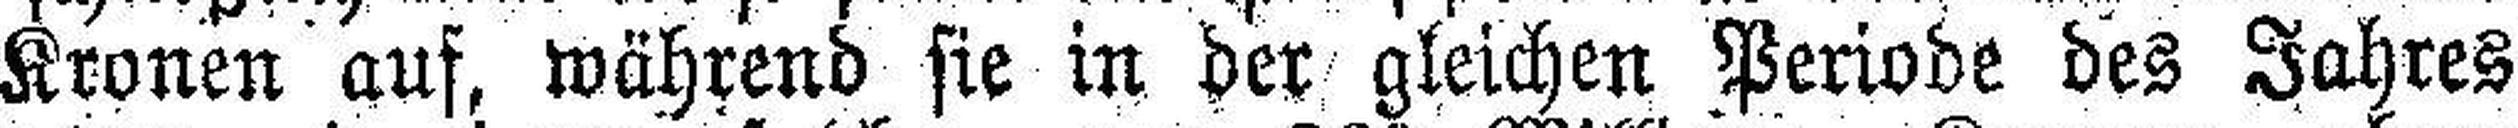
Kronen auf, während sie in der gleichen Periode des Jahres